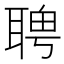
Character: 𦖛